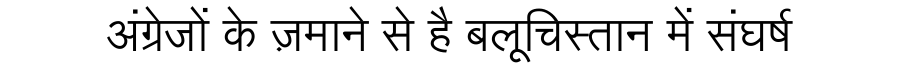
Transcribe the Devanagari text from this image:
अंग्रेजों के ज़माने से है बलूचिस्तान में संघर्ष